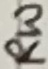
Text: RW